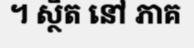
។ ស្ថិត នៅ ភាគ